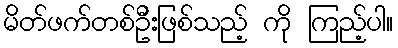
မိတ်ဖက်တစ်ဦးဖြစ်သည့် ကို ကြည့်ပါ။